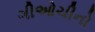
ગીઓચીનો